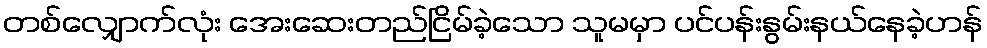
တစ်လျှောက်လုံး အေးဆေးတည်ငြိမ်ခဲ့သော သူမမှာ ပင်ပန်းနွမ်းနယ်နေခဲ့ဟန်